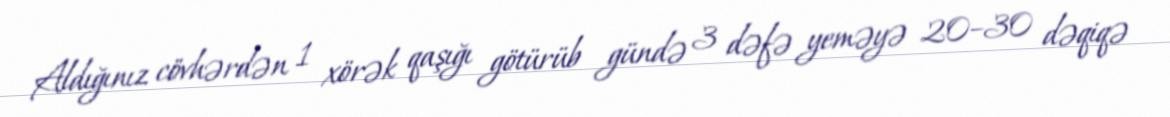
Aldığınız cövhərdən 1 xörək qaşığı götürüb gündə 3 dəfə yeməyə 20–30 dəqiqə